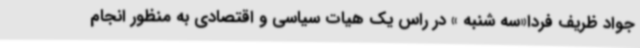
جواد ظریف فردا«سه شنبه » در راس یک هیات سیاسی و اقتصادی به منظور انجام